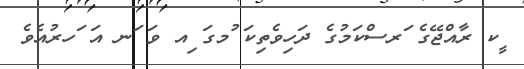
ީކ ރާއްޖޭގެ ަރސްކަމުގެ ދަހިވެތިކަ ުމގަ ިއ ވަ ަނ އަ ަހރުއެވެެ